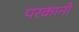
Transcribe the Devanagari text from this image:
परकानी